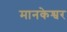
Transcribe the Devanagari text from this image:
मानकेश्वर